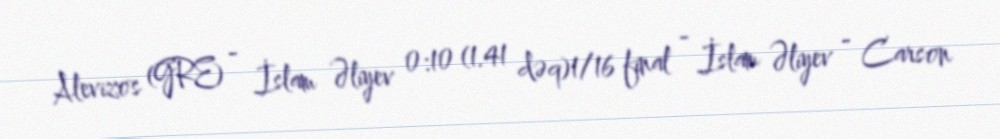
Alevizos (GRE) - İslam Əliyev 0:10 (1.41 dəq)1/16 final - İslam Əliyev - Carson